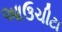
આઉચીટા